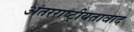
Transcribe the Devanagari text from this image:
अंतरराष्ट्रीयतावाद